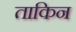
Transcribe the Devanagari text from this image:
ताकिन